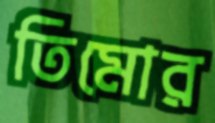
তিমোর